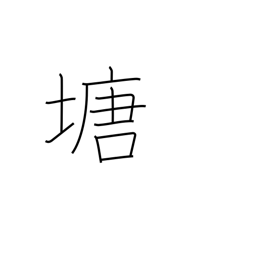
Meaning: dike